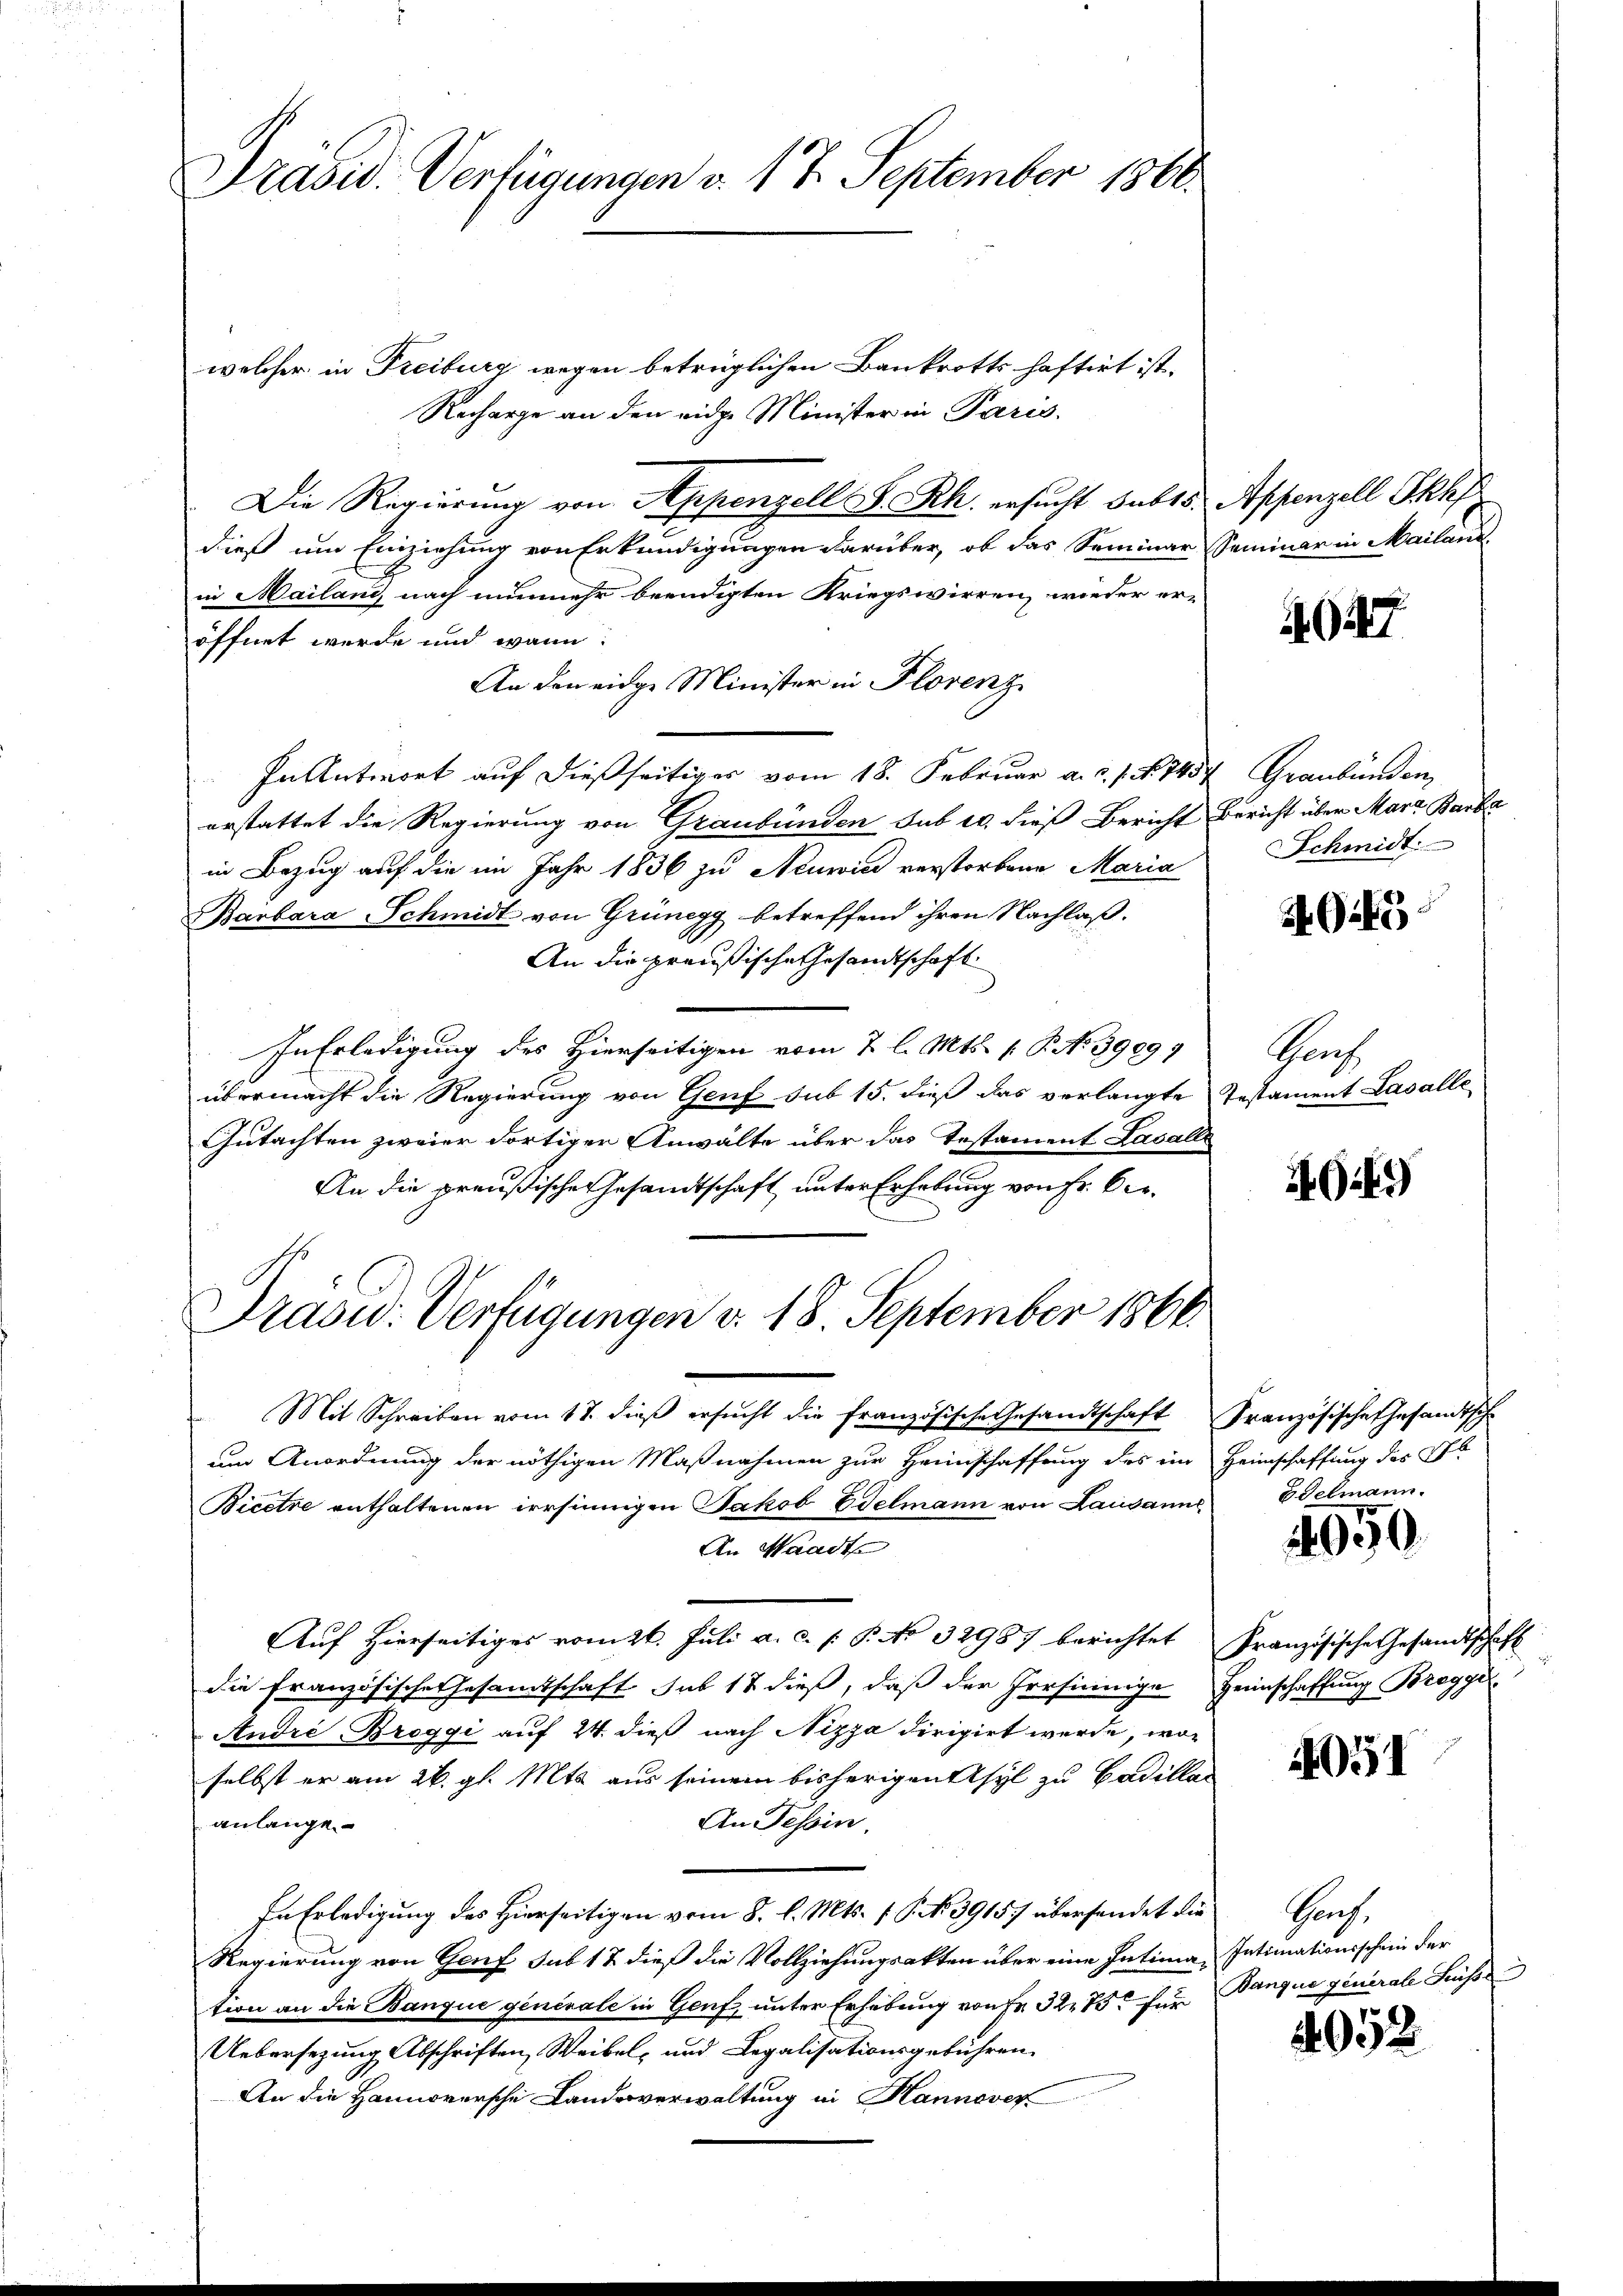
Präsid. Verfügungen v. 17. September 1860.

welcher in Freiburg wegen betrüglichen Bankrotts haftirt ist.
Recharge an den eidge Minister in Paris.
Die Regierung von Appenzell S. Rh. ersucht bebts
dieß um Einziehung von Erkundigungen darüber, ob das Seminar
in Mailand nach nunmehr beendigten Kriegswirren, wieder eröffnet werde und wann:
An den eidge Minister in Florenz
In Antwort auf dießseitiges vom 18. Februar a. c. s. N. 1457 Graubünden,
erstattet die Regierung von Graubünden sub 10. dieß Bericht Bericht über Mara Barba
in Bezug auf die im Jahr 1836 zu Neuwie verstorbene Maria
Barbara Schmidt von Grünegg betreffend ihren Nachlaß.
An die preußische Gesandtschaft
In Erledigung des Hierseitigen vom 7 l. Mts. 1. P. No 39099
übermacht die Regierung von Genf sub 15. dieß das verlangte Testament Lasalle
Gutachten zweier dortigen Anwälte über das Testament Lasalle
An die preußische Gesandtschaft unter Erhebung von Fr. Ver¬
Prasw. Verfügungen v. 18. September 1866
Mit Schreiben vom 17. dieβ ersŭcht die französische Gesandtschaft Französische Ehesandtsche
um Anordnung der nöthigen Maßnahmen zur Heimschaffung des in Heimschaffung des S
Bicetze enthaltenen irrsinnigen Jakob Edelmann von Lausanne
An Waadte
Auf hierseitiges vom 26. Juli a. c. f. P. No. 32987 berichtet
die Französische Gesamtschaft sub 12 dieß, daß der Persinnigen
André Breggi auf 24 dieß nach Nizza dirigirt werde, woselbst er am 26. gl. Mts. aus seinem bisherigen Asyl zu Badilla
anlange
An Tessin.
In Erledigung des Hierseitigen vom 8. l. Mts. f. P. No 3915.) übersendet die
Regierung von Genf sub 17 dieß die Vollziehungsakten über eine Intimation an die Banque generale in Genf, unter Erhebung von Fr. 32. 75. für
Uebersezung Abschriften, Weibel- und Legalisationsgebühren.
An die Hannoversche Landesverwaltung in Hannover

Appenzell Ikhf
Seminar in Mailand.

47

Schmidt

AG.

Grf

G.9

Edelmann.

.

Französische Gesandtschaft
Heimschaffung Bregge

051

Prof.
Intimationsschein der
Danque generale Sis

4052